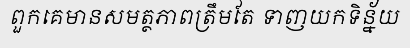
ពួកគេមានសមត្ថភាពត្រឹមតែ ទាញយកទិន្ន័យ